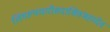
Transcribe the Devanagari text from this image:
लिंगरूपधारीसदाशिवमहादेव